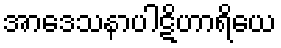
အာဒေသနာပါဋိဟာရိယေ